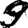
Digit: 9